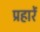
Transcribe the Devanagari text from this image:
प्रहारें